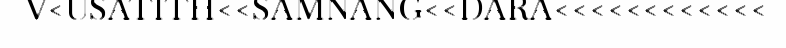
V<USATITH<<SAMNANG<<DARA<<<<<<<<<<<<